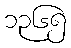
၁၃၆၅